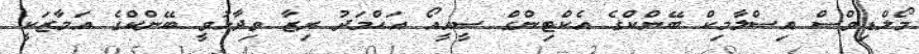
މޯލްޑިވްސް އިސްލާމިކް ބޭންކްގެ އެކްޓިންގް ސީއީއޯ އަހްމަދު ރިޒާ ވިދާޅުވީ ބޭންކްގެ އަމާޒަކީ